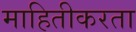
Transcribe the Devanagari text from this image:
माहितीकरता